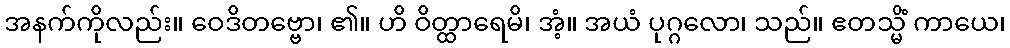
အနက်ကိုလည်း။ ဝေဒိတဗ္ဗော၊ ၏။ ဟိ ဝိတ္ထာရေမိ၊ အံ့။ အယံ ပုဂ္ဂလော၊ သည်။ ဧတသ္မိံ ကာယေ၊